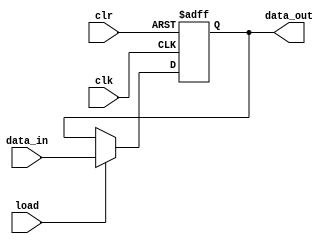
module instruction_register(
    data_out,
    data_in,
    load,
    clk,
    clr
);

parameter DATAWIDTH = 8;
output reg [DATAWIDTH - 1:0] data_out;
input [DATAWIDTH - 1:0] data_in;
input load, clk, clr;

// Clear is an active low signal

always @ (posedge clk or negedge clr)
begin
    if(!clr)
        data_out <= 0;
    else if (load) begin
        data_out <= data_in;
    end
end
    
endmodule